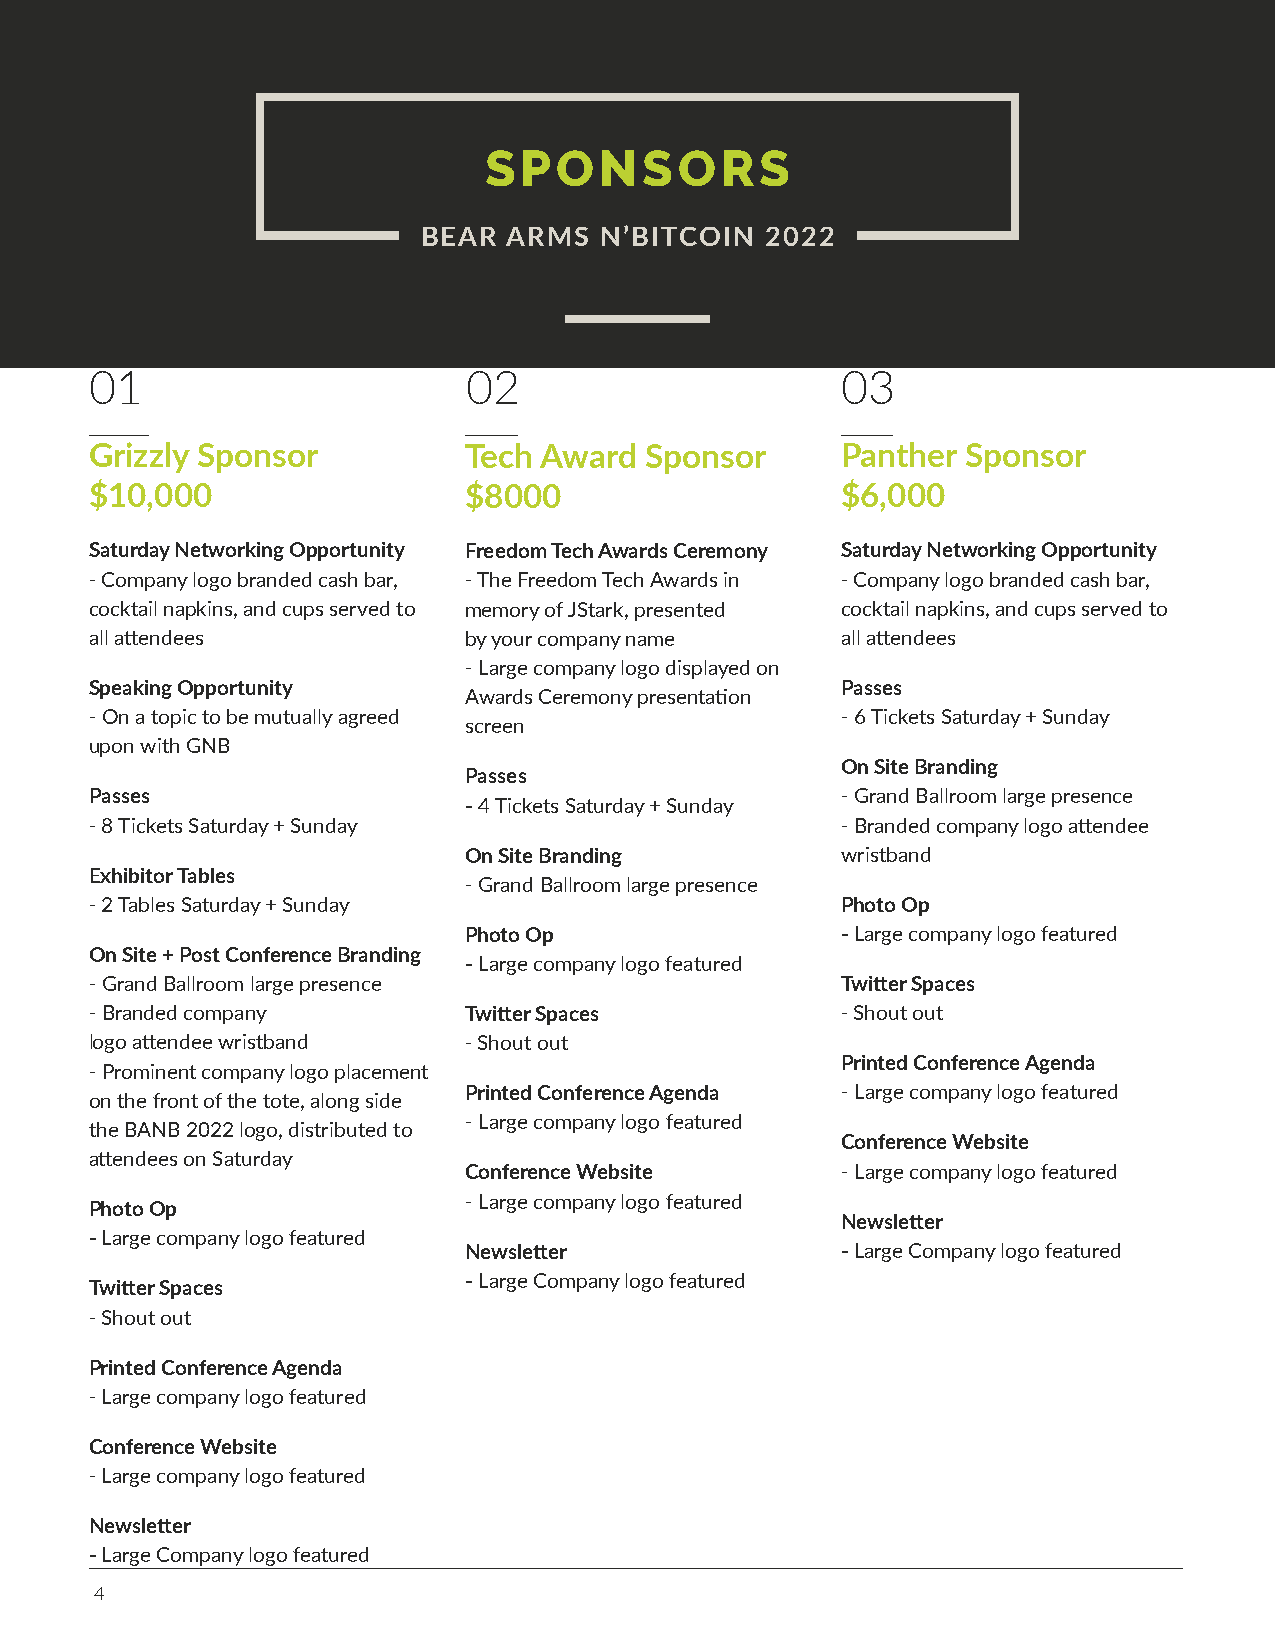
SPONSORS
 BEAR  ARMS  N’BITCOIN  2022
 01                       02                       03
 Grizzly Sponsor          Tech Award  Sponsor      Panther Sponsor
 $10,000                  $8000                    $6,000
 Saturday Networking Opportunity Freedom Tech Awards Ceremony Saturday Networking Opportunity
 - Company logo branded cash bar, - The Freedom Tech Awards in - Company logo branded cash bar,
 cocktail napkins, and cups served to memory of JStark, presented cocktail napkins, and cups served to
 all attendees            by your company name     all attendees
 - Large company logo displayed on
 Speaking Opportunity                              Passes
 Awards Ceremony presentation
 - On a topic to be mutually agreed                - 6 Tickets Saturday + Sunday
 screen
 upon with GNB
 On Site Branding
 Passes
 Passes                                            - Grand Ballroom large presence
 - 4 Tickets Saturday + Sunday
 - 8 Tickets Saturday + Sunday                     - Branded company logo attendee
 On Site Branding         wristband
 Exhibitor Tables
 - Grand Ballroom large presence
 - 2 Tables Saturday + Sunday                      Photo Op
 Photo Op                 - Large company logo featured
 On Site + Post Conference Branding
 - Large company logo featured
 - Grand Ballroom large presence                   Twitter Spaces
 - Branded company        Twitter Spaces           - Shout out
 logo attendee wristband  - Shout out
 Printed Conference Agenda
 - Prominent company logo placement
 Printed Conference Agenda - Large company logo featured
 on the front of the tote, along side
 - Large company logo featured
 the BANB 2022 logo, distributed to
 Conference Website
 attendees on Saturday
 Conference Website       - Large company logo featured
 - Large company logo featured
 Photo Op
 Newsletter
 - Large company logo featured
 Newsletter               - Large Company logo featured
 - Large Company logo featured
 Twitter Spaces
 - Shout out
 Printed Conference Agenda
 - Large company logo featured
 Conference Website
 - Large company logo featured
 Newsletter
 - Large Company logo featured
 4